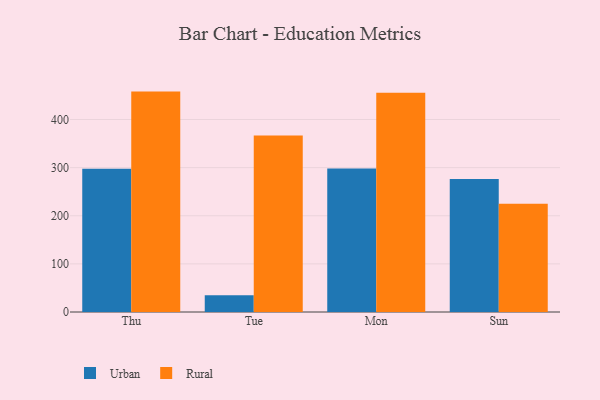
{"axis": {"x": "Day", "y": "Tickets Resolved"}, "legend": ["Rural", "Urban"], "data": [{"x": "Thu", "y": 297.6, "type": "Urban"}, {"x": "Thu", "y": 458.0, "type": "Rural"}, {"x": "Tue", "y": 34.9, "type": "Urban"}, {"x": "Tue", "y": 366.8, "type": "Rural"}, {"x": "Mon", "y": 298.0, "type": "Urban"}, {"x": "Mon", "y": 455.6, "type": "Rural"}, {"x": "Sun", "y": 276.4, "type": "Urban"}, {"x": "Sun", "y": 225.1, "type": "Rural"}]}